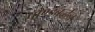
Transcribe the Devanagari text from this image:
पौण्ड्रबर्द्धन